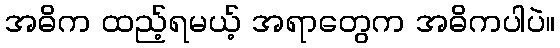
အဓိက ထည့်ရမယ့် အရာတွေက အဓိကပါပဲ။